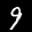
Label: 9